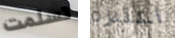
تسلمت اعتبره